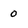
Character: 0